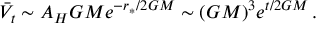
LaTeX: \bar { V } _ { t } \sim A _ { H } G M e ^ { - r _ { * } / 2 G M } \sim ( G M ) ^ { 3 } e ^ { t / 2 G M } \, .